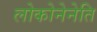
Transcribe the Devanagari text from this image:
लोकोनेनेति